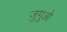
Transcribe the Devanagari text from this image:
ज़ुगुओ